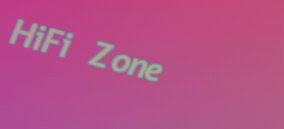
HiFi Zone